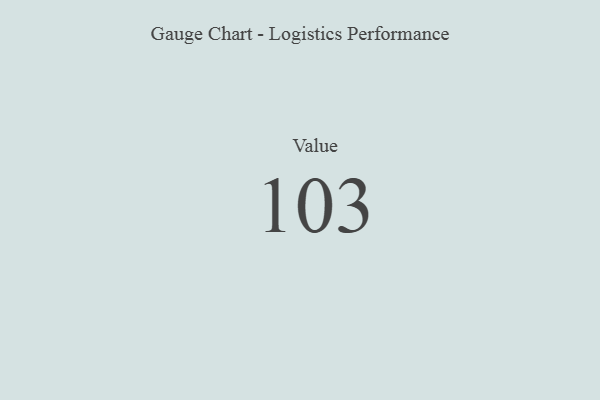
{"axis": {"x": "Metric", "y": "Value"}, "legend": [""], "data": [{"x": "Value", "y": 103, "type": ""}]}